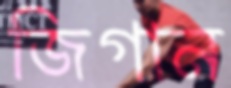
জিগান